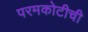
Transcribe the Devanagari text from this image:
परमकोटीची